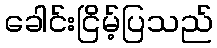
ခေါင်းငြိမ့်ပြသည်